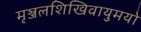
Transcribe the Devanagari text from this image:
मृञ्जलशिखिवायुमयो